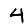
Digit: 4